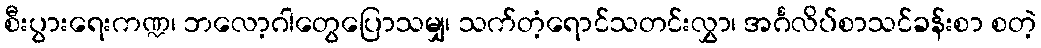
စီးပွားရေးကဏ္ဍ၊ ဘလော့ဂါတွေပြောသမျှ၊ သက်တံ့ရောင်သတင်းလွှာ၊ အင်္ဂလိပ်စာသင်ခန်းစာ စတဲ့